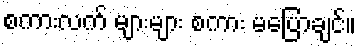
စကားလက် များများ စကား မပြောချင်။